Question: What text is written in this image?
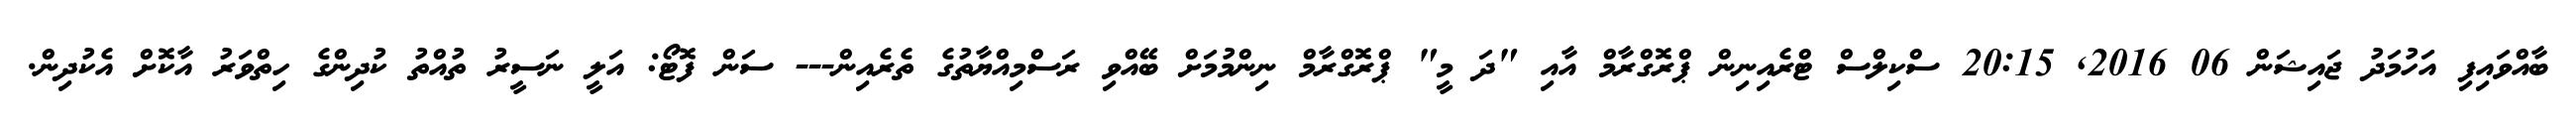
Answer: ބާއްވައިފި އަހުމަދު ޖައިޝަން 06 2016, 20:15 ސްކިލްސް ޓްރެއިނިން ޕްރޮގްރާމް އާއި "ދަ މީ" ޕްރޮގްރާމް ނިންމުމަށް ބޭއްވި ރަސްމިއްޔާތުގެ ތެރެއިން--- ސަން ފޮޓޯ: އަލީ ނަސީރު ތުއްތު ކުދިންގެ ހިތްވަރު އާކޮށް އެކުދިން.